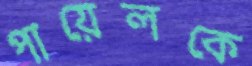
পায়েলকে